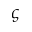
\varsigma